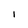
Character: I